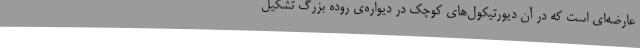
عارضه‌ای است که در آن دیورتیکول‌های کوچک در دیواره‌ی روده بزرگ تشکیل